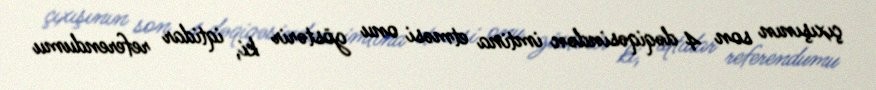
çıxışının son 4 dəqiqəsindən imtina etməsi onu göstərir ki, iqtidar referendumu